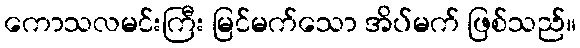
ကောသလမင်းကြီး မြင်မက်သော အိပ်မက် ဖြစ်သည်။